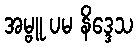
အမ္ဗူ ပမ နိဒ္ဒေသ